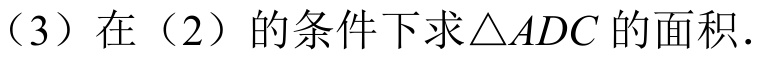
（3）在（2）的条件下求\(\triangle ADC\)的面积.